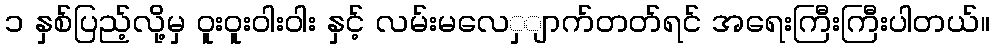
၁ နှစ်ပြည့်လို့မှ ၀ူးဝူးဝါးဝါး နှင့် လမ်းမလေှျာက်တတ်ရင် အရေးကြီးကြီးပါတယ်။